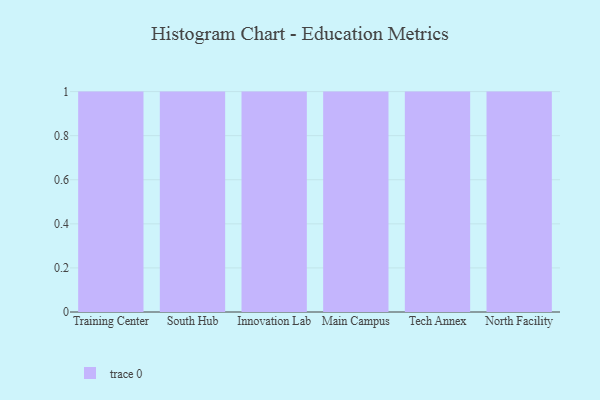
{"axis": {"x": "Campus", "y": "Production Output"}, "legend": [""], "data": [{"x": "Training Center", "y": 10, "type": ""}, {"x": "South Hub", "y": 85, "type": ""}, {"x": "Innovation Lab", "y": 58, "type": ""}, {"x": "Main Campus", "y": 70, "type": ""}, {"x": "Tech Annex", "y": 34, "type": ""}, {"x": "North Facility", "y": 14, "type": ""}]}